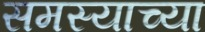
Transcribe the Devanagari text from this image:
समस्याच्या